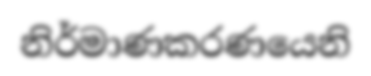
නිර්මාණකරණයෙනි